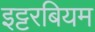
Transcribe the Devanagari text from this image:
इट्टरबियम